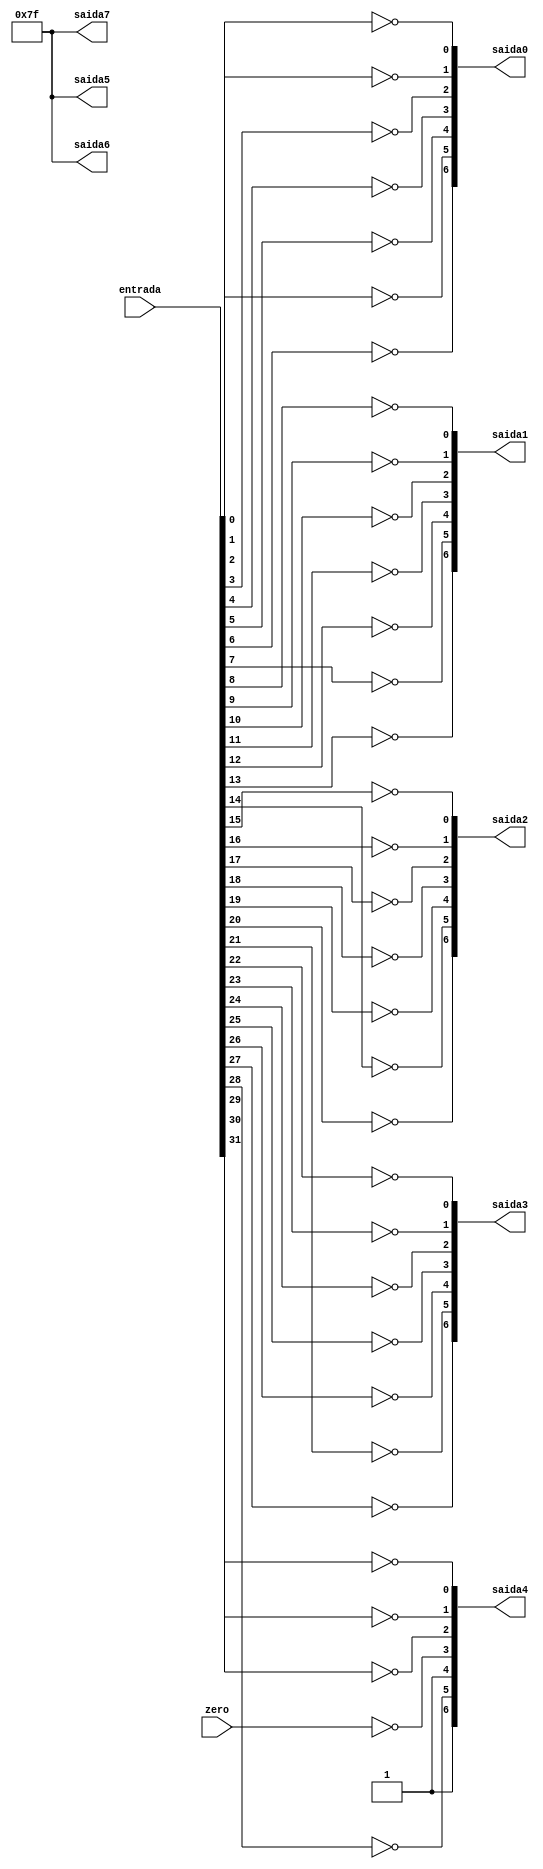
module displayDecoder(

	input[31:0]		entrada,
	input zero,
	output reg [6:0]		saida0, saida1, saida2, saida3, saida4, saida5, saida6, saida7
);


	always@(entrada) //sempre que mudar a entrada
	begin
			saida0[5] = ~(entrada[0]);
			saida0[0] = ~(entrada[1]);
			saida0[1] = ~(entrada[2]);
			saida0[2] = ~(entrada[3]);
			saida0[3] = ~(entrada[4]);
			saida0[4] = ~(entrada[5]);
			saida0[6] = ~(entrada[6]);
			saida1[5] = ~(entrada[7]);
			saida1[0] = ~(entrada[8]);
			saida1[1] = ~(entrada[9]);
			saida1[2] = ~(entrada[10]);
			saida1[3] = ~(entrada[11]);
			saida1[4] = ~(entrada[12]);
			saida1[6] = ~(entrada[13]);
			saida2[5] = ~(entrada[14]);
			saida2[0] = ~(entrada[15]);
			saida2[1] = ~(entrada[16]);
			saida2[2] = ~(entrada[17]);
			saida2[3] = ~(entrada[18]);
			saida2[4] = ~(entrada[19]);
			saida2[6] = ~(entrada[20]);
			saida3[5] = ~(entrada[21]);
			saida3[0] = ~(entrada[22]);
			saida3[1] = ~(entrada[23]);
			saida3[2] = ~(entrada[24]);
			saida3[3] = ~(entrada[25]);
			saida3[4] = ~(entrada[26]);
			saida3[6] = ~(entrada[27]);
			saida4[5] = ~(entrada[28]);
			saida4[0] = ~(entrada[29]);
			saida4[1] = ~(entrada[30]);
			saida4[2] = ~(entrada[31]);
			saida4[3] = ~(zero);
			saida4[4] = 1'b1;
			saida4[6] = 1'b1;
			saida5[5] = 1'b1;
			saida5[0] = 1'b1;
			saida5[1] = 1'b1;
			saida5[2] = 1'b1;
			saida5[3] = 1'b1;
			saida5[4] = 1'b1;
			saida5[6] = 1'b1;
			saida6[5] = 1'b1;
			saida6[0] = 1'b1;
			saida6[1] = 1'b1;
			saida6[2] = 1'b1;
			saida6[3] = 1'b1;
			saida6[4] = 1'b1;
			saida6[6] = 1'b1;
			saida7[5] = 1'b1;
			saida7[0] = 1'b1;
			saida7[1] = 1'b1;
			saida7[2] = 1'b1;
			saida7[3] = 1'b1;
			saida7[4] = 1'b1;
			saida7[6] = 1'b1;
	end
    
endmodule

/*

HEX 7 Schema:
    0
	___
 5|	| 1
  | 6 |
   ___
 4|	| 2
  |	|
	___
    3


*/